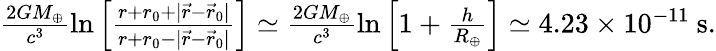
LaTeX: \begin{array}{r}{\frac{2GM_{\oplus}}{c^{3}}\ln\Big[\frac{r+r_{0}+|{\vec{r}}-{\vec{r}}_{0}|}{r+r_{0}-|{\vec{r}}-{\vec{r}}_{0}|}\Big]\simeq\frac{2GM_{\oplus}}{c^{3}}\ln\Big[1+\frac{h}{R_{\oplus}}\Big]\simeq 4.23\times 10^{-11}~\mathrm{s}.}\end{array}